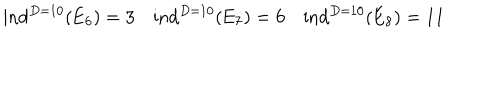
\mathrm { i n d } ^ { D = 1 0 } ( \mathrm { E } _ { 6 } ) = 3 \quad \mathrm { i n d } ^ { D = 1 0 } ( \mathrm { E } _ { 7 } ) = 6 \quad \mathrm { i n d } ^ { D = 1 0 } ( \mathrm { E } _ { 8 } ) = 1 1